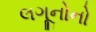
લગૂનોનો